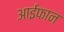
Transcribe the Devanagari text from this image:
आईफान